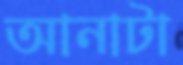
আনাটা